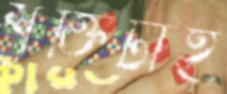
শক্তিটাই